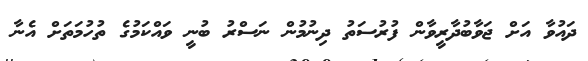
ދައުވާ އަށް ޖަވާބުދާރީވާން ފުރުސަތު ދިނުމުން ނަސްރު ބުނީ ވައްކަމުގެ ތުހުމަތަށް އެނާ